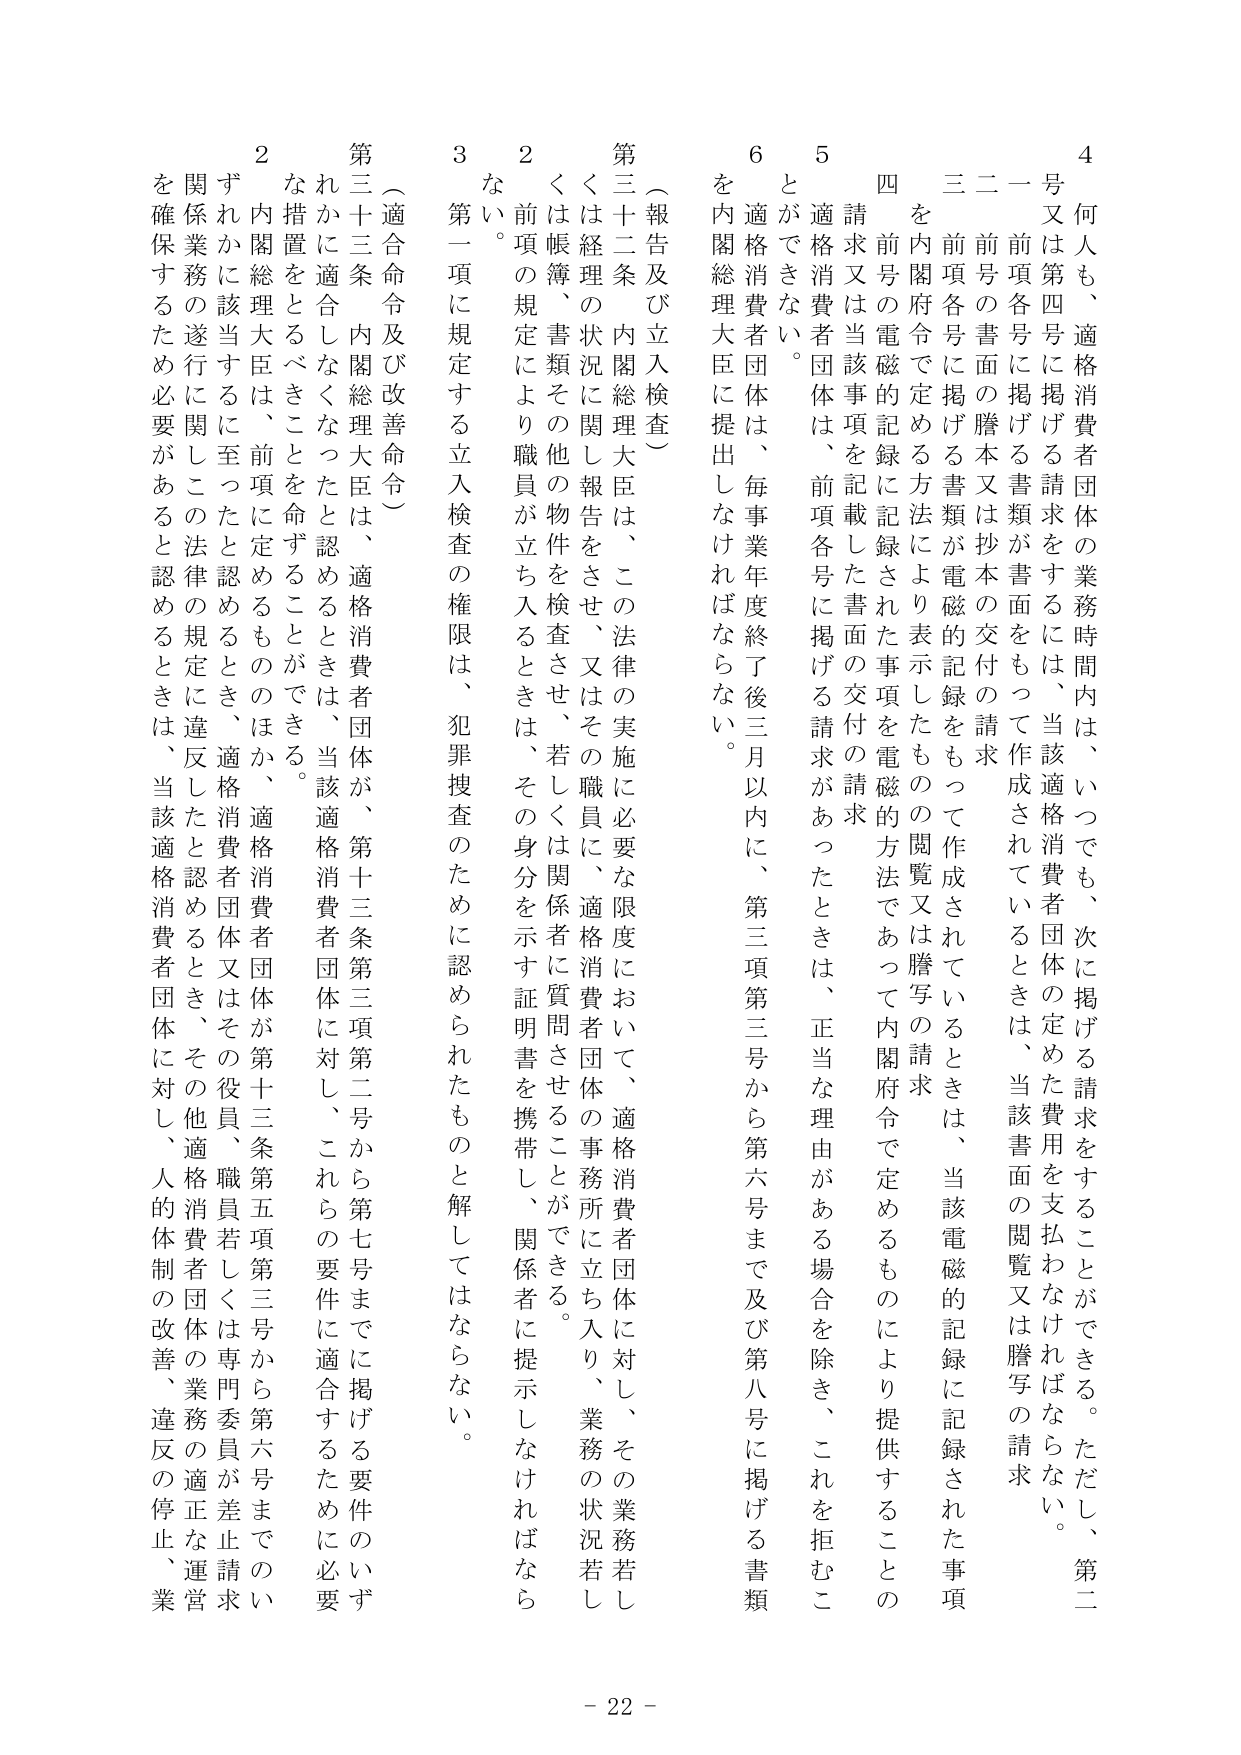
4 何人も、適格消費者団体の業務時間内は、いつでも、次に掲げる請求をすることができる。ただし、第二号又は第四号に掲げる請求をするには、当該適格消費者団体の定めた費用を支払わなければならない。
一 前項各号に掲げる書類が書面をもって作成されているときは、当該書面の閲覧又は謄写の請求
二 前号の書面の謄本又は抄本の交付の請求
三 前項各号に掲げる書類が電磁的記録をもって作成されているときは、当該電磁的記録に記録された事項を内閣府令で定める方法により表示したものの閲覧又は謄写の請求
四 前号の電磁的記録に記録された事項を電磁的方法であって内閣府令で定めるものにより提供することの請求又は当該事項を記載した書面の交付の請求
5 適格消費者団体は、前項各号に掲げる請求があったときは、正当な理由がある場合を除き、これを拒むことができない。
6 適格消費者団体は、毎事業年度終了後三月以内に、第三項第三号から第六号まで及び第八号に掲げる書類を内閣総理大臣に提出しなければならない。

（報告及び立入検査）
第三十二条 内閣総理大臣は、この法律の実施に必要な限度において、適格消費者団体に対し、その業務所に立ち入り、業務の状況若しくは経理の状況に関し報告をさせ、又はその職員に、適格消費者団体の事務所に立ち入り、業務の状況若しくは帳簿、書類その他の物件を検査させ、若しくは関係者に質問させることができる。
2 前項の規定により職員が立ち入るときは、その身分を示す証明書を携帯し、関係者に提示しなければならない。
3 第一項に規定する立入検査の権限は、犯罪捜査のために認められたものと解してはならない。

（適合命令及び改善命令）
第三十三条 内閣総理大臣は、適格消費者団体が、第十三条第三項第二号から第七号までに掲げる要件のいずれかに適合しなくなったと認めるときは、当該適格消費者団体に対し、これらの要件に適合するために必要な措置をとるべきことを命ずることができる。
2 内閣総理大臣は、前項に定めるもののほか、適格消費者団体が第十三条第五項第三号から第六号までのいずれかに該当するに至ったと認めるとき、適格消費者団体又はその役員、職員若しくは専門委員が差止請求関係業務の遂行に関してこの法律の規定に違反したと認めるとき、その他適格消費者団体の業務の適正な運営を確保するため必要があると認めるときは、当該適格消費者団体に対し、人的体制の改善、違反の停止、業

- 22 -